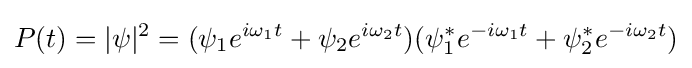
P(t)=|\psi |^{2}=(\psi _{1}e^{i\omega _{1}t}+\psi _{2}e^{i\omega _{2}t})(\psi _{1}^{*}e^{-i\omega _{1}t}+\psi _{2}^{*}e^{-i\omega _{2}t})